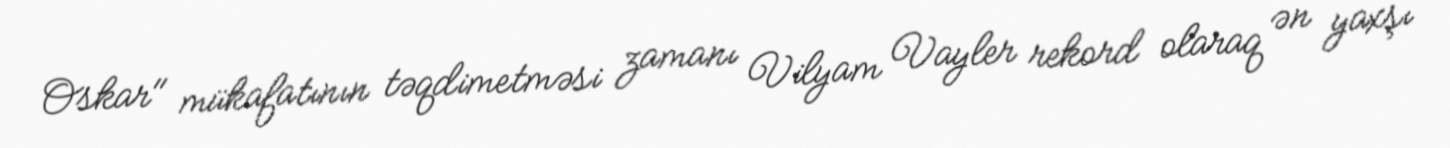
Oskar" mükafatının təqdimetməsi zamanı Vilyam Vayler rekord olaraq ən yaxşı